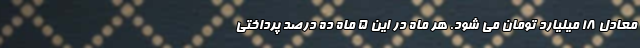
معادل 18 میلیارد تومان می شود. هر ماه در این 5 ماه ده درصد پرداختی